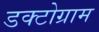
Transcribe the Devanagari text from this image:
डक्टोग्राम